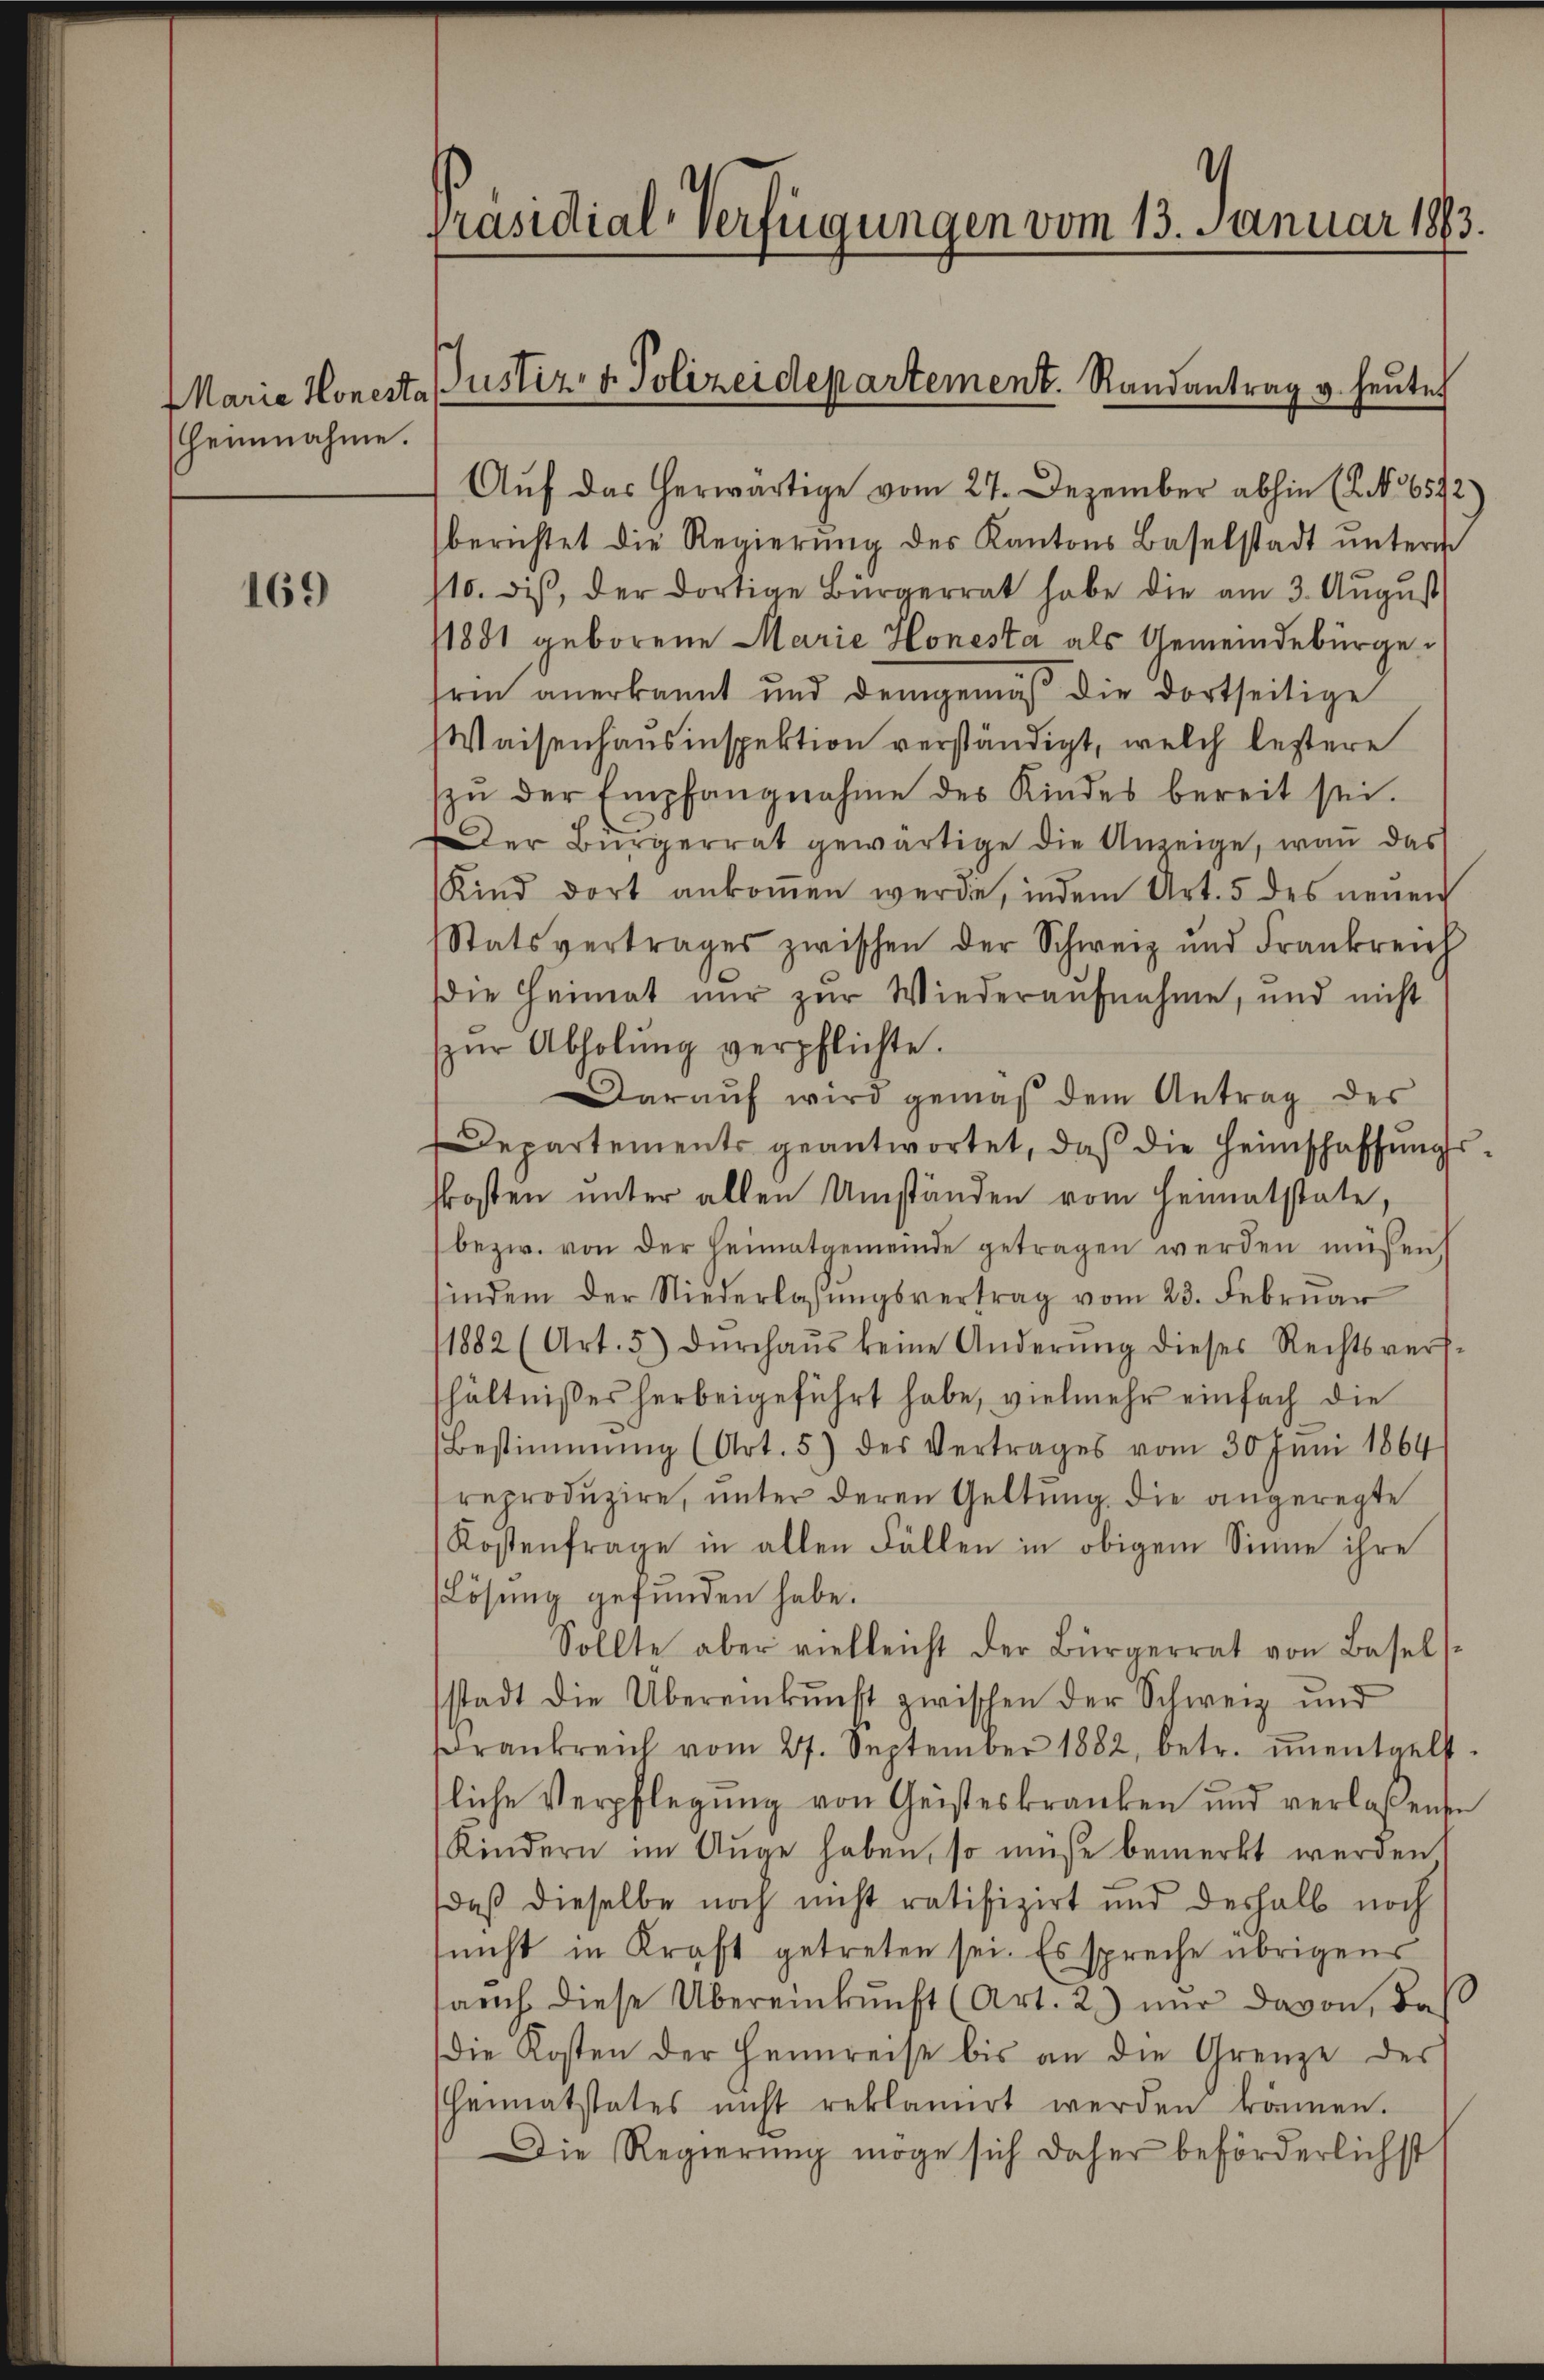
Marie Honesta
heimnahme.

169

¬
Präsidial-Verfügungen vom 13. Januar 1883.

Justiz- & Polizeidepartement. Randantrag v. heute

Aŭf das herwärtige vom 27. Dezember abhin (S. 6542
berichtet die Regierŭng des Kantons Baselstadt ŭnterm
10. dis, der dortige Bürgerrat habe die am 3. Aŭgŭst
1881 geborene Marie Honesta als Gemeindebürgerin anerkannt und demgemäß die dortseitige
Waisenhausinspektion verständigt, welch bestere
zŭ der Empfangnahme des Kindes bereit sei.
Der Bürgerrat gewärtige die Anzeige, wan das
Kind dort ankoṁen werde, indem Art. 5 des neuen
Statsvertrages zwischen der Schweiz und Frankreich
die Heimat nur zur Wiederaufnahme, und nicht
zŭr Abholŭng verpflichte.
Daraŭf wird gemäβ dem Antrag des
Departements geantwortet, daß die Heimschaffungskosten unter allen Umständen vom Heimatstate,
bezw. von der Heimatgemeinde getragen werden müssen,
indem der Niederlassŭngsvertrag vom 23. Febrŭar
1882 (Art. 5) dŭrchaŭs keine Änderŭng dieses Rechtsvers-
hältnisses herbeigeführt habe, vielmehr einfach die
Bestimmung (Art. 5) des Vertrages vom 30 Juni 1864
reproduzire, unter deren Geltung die angeregte
Kostenfrage in allen Fällen in obigem Sinne ihre
Lösung gefunden habe.
Sollte aber vielleicht der Bürgerrat von Basels
stadt die Übereinkunft zwischen der Schweiz und
Frankreich vom 27. September 1882, betr. ŭnentgelt
liche Verpflegung von Geisteskranken und verlaßensen
Kindern im Auge haben, so müsse bemerkt werden
daß dieselbe noch nicht ratifizirt und deshalb noch
nicht in Kraft getreten sei. Es spreche übrigens
arch diese Übereinkunft (Art. 2) nŭr davon, daβ
die Kosten der Heimreise bis an die Grenze des
Heimatstates nicht reklamirt werden können.
Die Regierung möge sich daher beförderlichst